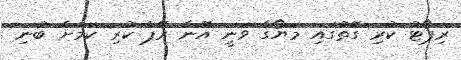
ރިޕޯޓު ކުރި ގޮތުގައި މަޔޯގާ ވަނީ އޭނާ ރޭޕް ކުރި ކަމަށް ބުނި